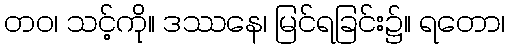
တဝ၊ သင့်ကို။ ဒဿနေ၊ မြင်ရခြင်း၌။ ရတော၊